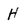
Character: H